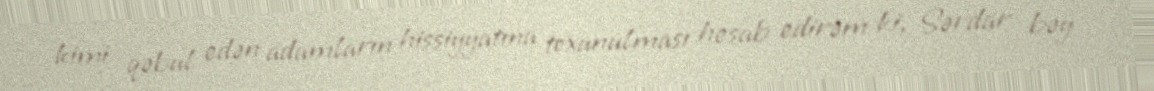
kimi qəbul edən adamların hissiyyatına toxunulması hesab edirəm ki, Sərdar bəy